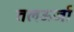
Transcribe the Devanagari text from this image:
तलऊर्जा